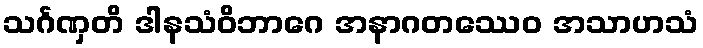
သင်္ဂဏှတိ ဒါနသံဝိဘာဂေ အနာဂတဿေဝ အသာဟသံ